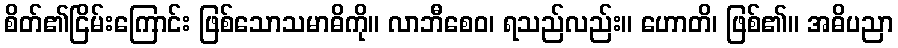
စိတ်၏ငြိမ်းကြောင်း ဖြစ်သောသမာဓိကို။ လာဘီစေဝ၊ ရသည်လည်း။ ဟောတိ၊ ဖြစ်၏။ အဓိပညာ